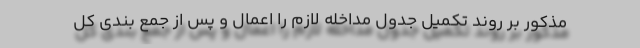
مذکور بر روند تکمیل جدول مداخله لازم را اعمال و پس از جمع بندی کل